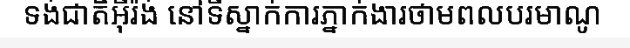
ទង់ជាតិអ៊ីរ៉ង់ នៅទីស្នាក់ការភ្នាក់ងារថាមពលបរមាណូ